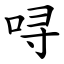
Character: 㖊